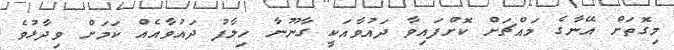
މިގޮތަށް އޭނާގެ މައްޗަށް ކޮށްފައިވާ ދައުވާއަކީ ގާނޫނާ ހިލާފު ދައުވާއެއް ކަމަށް ވިދާޅުވެ